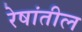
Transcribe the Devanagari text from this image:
रेषांतील